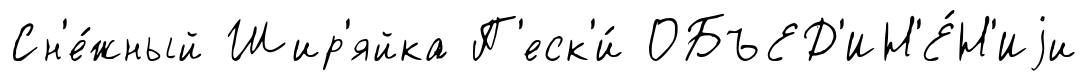
Сн'е́жный Шир'яйка П'еск'и́ ОБЪЕД'ИН'Е́Н'Иjи